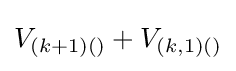
V_{(k+1)()}+V_{(k,1)()}